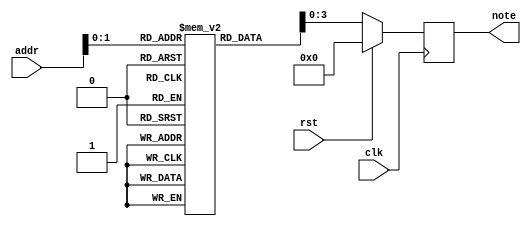
module level_rom1(
    input [(ADDR_WIDTH-1):0] addr,
    input clk,
	 input rst,
    output reg [(DATA_WIDTH-1):0] note
    );
    
    parameter ADDR_WIDTH = 6;
    parameter DATA_WIDTH = 4;
    
	 reg [49:0] level1 [3:0];
	 
    initial
    begin
	      level1[0] = 4'b0001;
			level1[1] = 4'b0001;
			level1[2] = 4'b1000;
			level1[3] = 4'b0010;
			level1[4] = 4'b1000;
			level1[5] = 4'b0001;
			level1[6] = 4'b0001;
			level1[7] = 4'b0100;
			level1[8] = 4'b0100;
			level1[9] = 4'b0010;
			level1[10] = 4'b0010;
			level1[11] = 4'b0100;
			level1[12] = 4'b1000;
			level1[13] = 4'b0100;
			level1[14] = 4'b1000;
			level1[15] = 4'b1000;
			level1[16] = 4'b0010;
			level1[17] = 4'b0100;
			level1[18] = 4'b0100;
			level1[19] = 4'b0100;
			level1[20] = 4'b0010;
			level1[21] = 4'b1000;
			level1[22] = 4'b0001;
			level1[23] = 4'b0010;
			level1[24] = 4'b0100;
			level1[25] = 4'b0010;
			level1[26] = 4'b0010;
			level1[27] = 4'b0010;
			level1[28] = 4'b0001;
			level1[29] = 4'b0001;
			level1[30] = 4'b0100;
			level1[31] = 4'b0010;
			level1[32] = 4'b0010;
			level1[33] = 4'b1000;
			level1[34] = 4'b0001;
			level1[35] = 4'b0010;
			level1[36] = 4'b0001;
			level1[37] = 4'b0100;
			level1[38] = 4'b1000;
			level1[39] = 4'b0001;
			level1[40] = 4'b1000;
			level1[41] = 4'b0001;
			level1[42] = 4'b1000;
			level1[43] = 4'b0100;
			level1[44] = 4'b0010;
			level1[45] = 4'b0001;
			level1[46] = 4'b0100;
			level1[47] = 4'b0100;
			level1[48] = 4'b1111;
    end
    
    always @ (posedge clk)
    begin
		if (rst)
			note <= 4'b0;
		else
			note <= level1[addr];
    end
endmodule